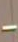
-